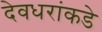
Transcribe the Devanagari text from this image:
देवधरांकडे